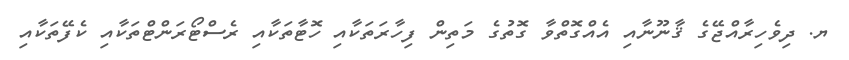
ޔ. ދިވެހިރާއްޖޭގެ ޤާނޫނާއި އެއްގޮތްވާ ގޮތުގެ މަތިން ފިހާރަތަކާއި ހޮޓާތަކާއި ރެސްޓޯރަންޓްތަކާއި ކެފޭތަކާއި